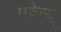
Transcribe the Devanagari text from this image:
एवेन्‍यू